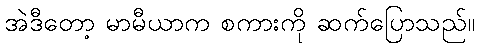
အဲဒီတော့ မာမီယာက စကားကို ဆက်ပြောသည်။